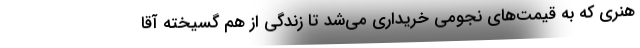
هنری که به قیمت‌های نجومی خریداری می‌شد تا زندگی از هم گسیخته آقا